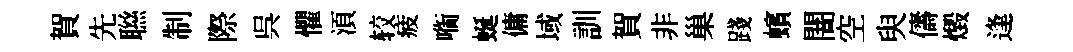
賀先聮制際呉懼湏较疲㗸蜒傭域訓賀非巢踐蠙闇空臾儔燬逢